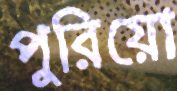
পুরিয়ো